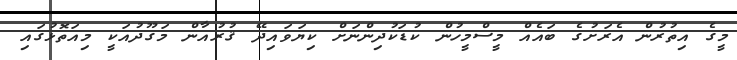
މީގެ އިތުރުން އެރަށުގެ ބައެއް މީސްމީހުން ކުޑަކުދިންނަށް ކިޔަވައިދޭ ޤުރުއާން މަގޫދުއަކީ މިއަތޮޅުގައި